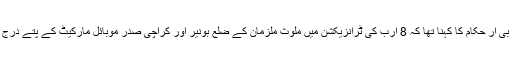
ایف بی آر حکام کا کہنا تھا کہ 8 ارب کی ٹرانزیکشن میں ملوث ملزمان کے ضلع بونیر اور کراچی صدر موبائل مارکیٹ کے پتے درج ہیں۔